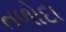
તળોદા